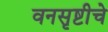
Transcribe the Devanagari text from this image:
वनसृष्टीचे